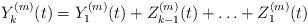
LaTeX: \begin{align*}Y^{(m)}_k(t) = Y^{(m)}_1(t) + Z_{k-1}^{(m)}(t) + \ldots + Z_1^{(m)}(t)\end{align*}